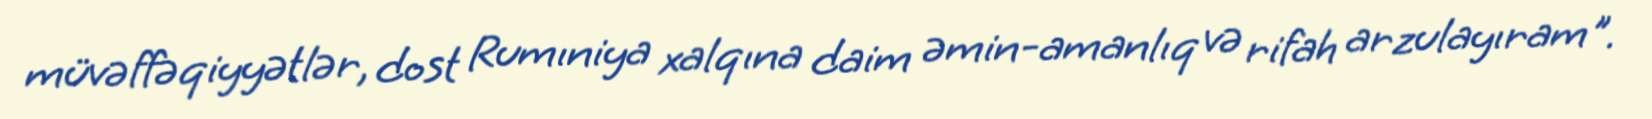
müvəffəqiyyətlər, dost Rumıniya xalqına daim əmin-amanlıq və rifah arzulayıram".